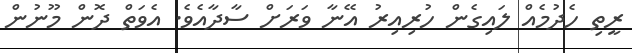
ރީތި ހެދުމެއް ލައިގެން ހުރިއިރު އޭނާ ވަރަށް ސާދާއެވެ. އެވަތް ދޮން މޫނުން